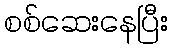
စစ်ဆေးနေပြီး